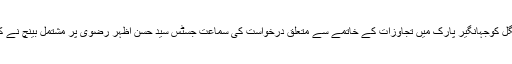
منگل کوجہانگیر پارک میں تجاوزات کے خاتمے سے متعلق درخواست کی سماعت جسٹس سید حسن اظہر رضوی پر مشتمل بینچ نے کی۔